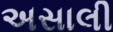
અસાલી